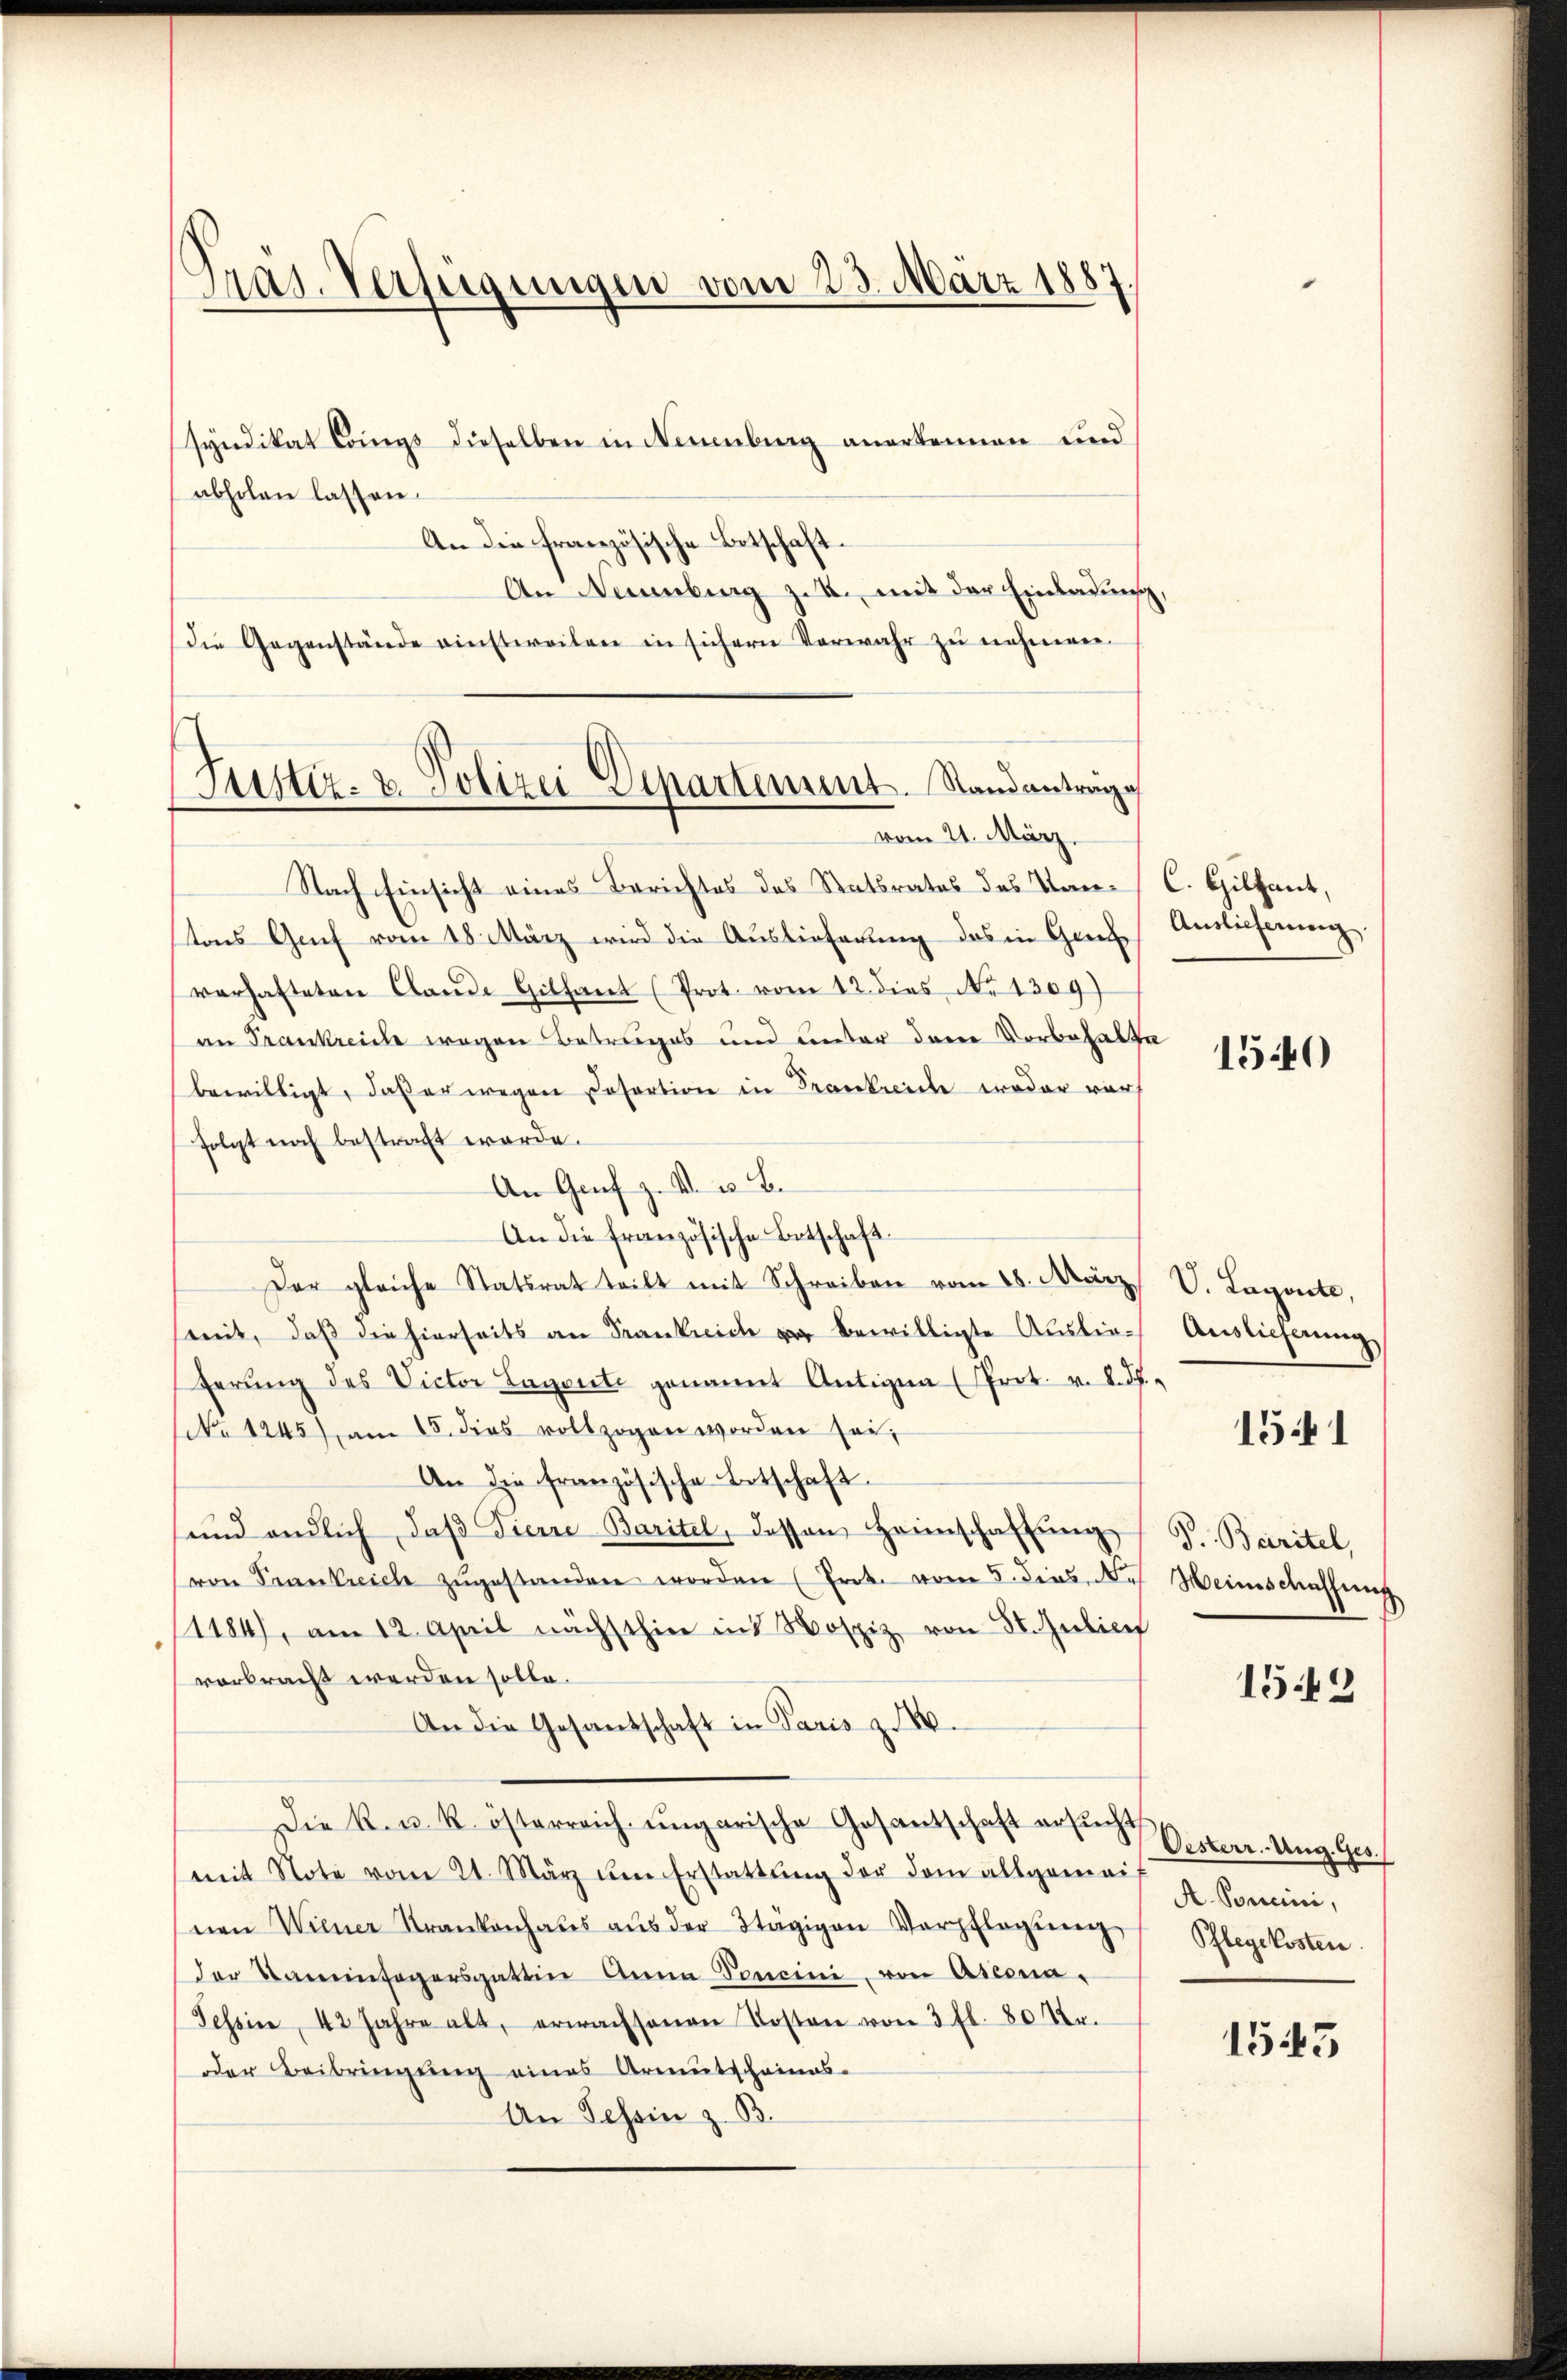
Pras. Verfügungen vom 23. März 1887

Justiz- & Polizei Departement. Standanträge
vom 21. März.

syndikat Coings dieselben in Neuenburg anerkennen und
abholen lassen.
An die französische Botschaft¬
An Naumburg z. B., mit der Einladung
die Gegenstände einstweilen in sichern Verwahr zu nehmen.
Nach Einsicht eines Berichtes des Statsrates des Kanstons Grief vom 18. März wird die Auslieferung des in Ge
verhafteten Clande Giltant (Prot. vom 12. dies N. 1309)
an Frankreiche wegen Betruges und unter dem Vorbehalte
bewilligt, daß er wegen Casertion in Frankreiche weder vor
folgt noch bestraft werde.
An Genf z. B. u. B.
An die französische Botschaft.
Der gleiche Statsrat teilt mit Schreiben vom 28. März
mit, daß die hierseits an Frankreich der bewilligte Auslieferŭng des Victor Lagente genannt Antigen (Prot. v. d. d.
No 1245), am 15. dies vollzogen worden sei,
An die französische Botschaft.
sund endlich, daβ Fierre Baritel, dassen Heimschaffŭng
von Frankreich zŭgestanden worden (Erobe vom 5. dies de
1184), am 12. April nächsthier ins Hospiz von 5. Julier
vorbracht werden solle.
An die Gesandschaft in Paris z
Die k. u. k. österreich ungarische Gesantschaft ersŭcht
mit Note vom 21. März im Erstattŭng der dem allgemeinen Wiener Krankenhaŭs aŭs der Stägigen Verpflegŭng
der Kaminfegersgattin Anna Concini, von Ateona¬
Tessin, 42 Jahre alt, erwachsenen Kosten von 3 fl. 80 Fr.
der Beibringung eines Armutscheinas-
An Tessin z. B.

C. Hilfant,
Auslieferung.

a

1540

V. Lagerte,
Auslieferung
P. Baritel,
Weinschaffung

1541

152

Oesterr. Ung. Ges.
A. Sonne,
Pflegekosten

1545